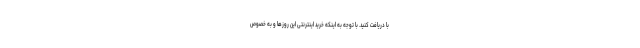
با دریافت کنید. با توجه به اینکه خرید اینترنتی این روزها و به خصوص